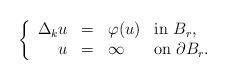
LaTeX: \begin{align*}\left\{\begin{array}{rlll}\Delta_k u&=&\varphi(u)& \mbox{in}\ B_r,\\u&=&\infty&\mbox{on}\;\partial B_r.\end{array}\right.\end{align*}